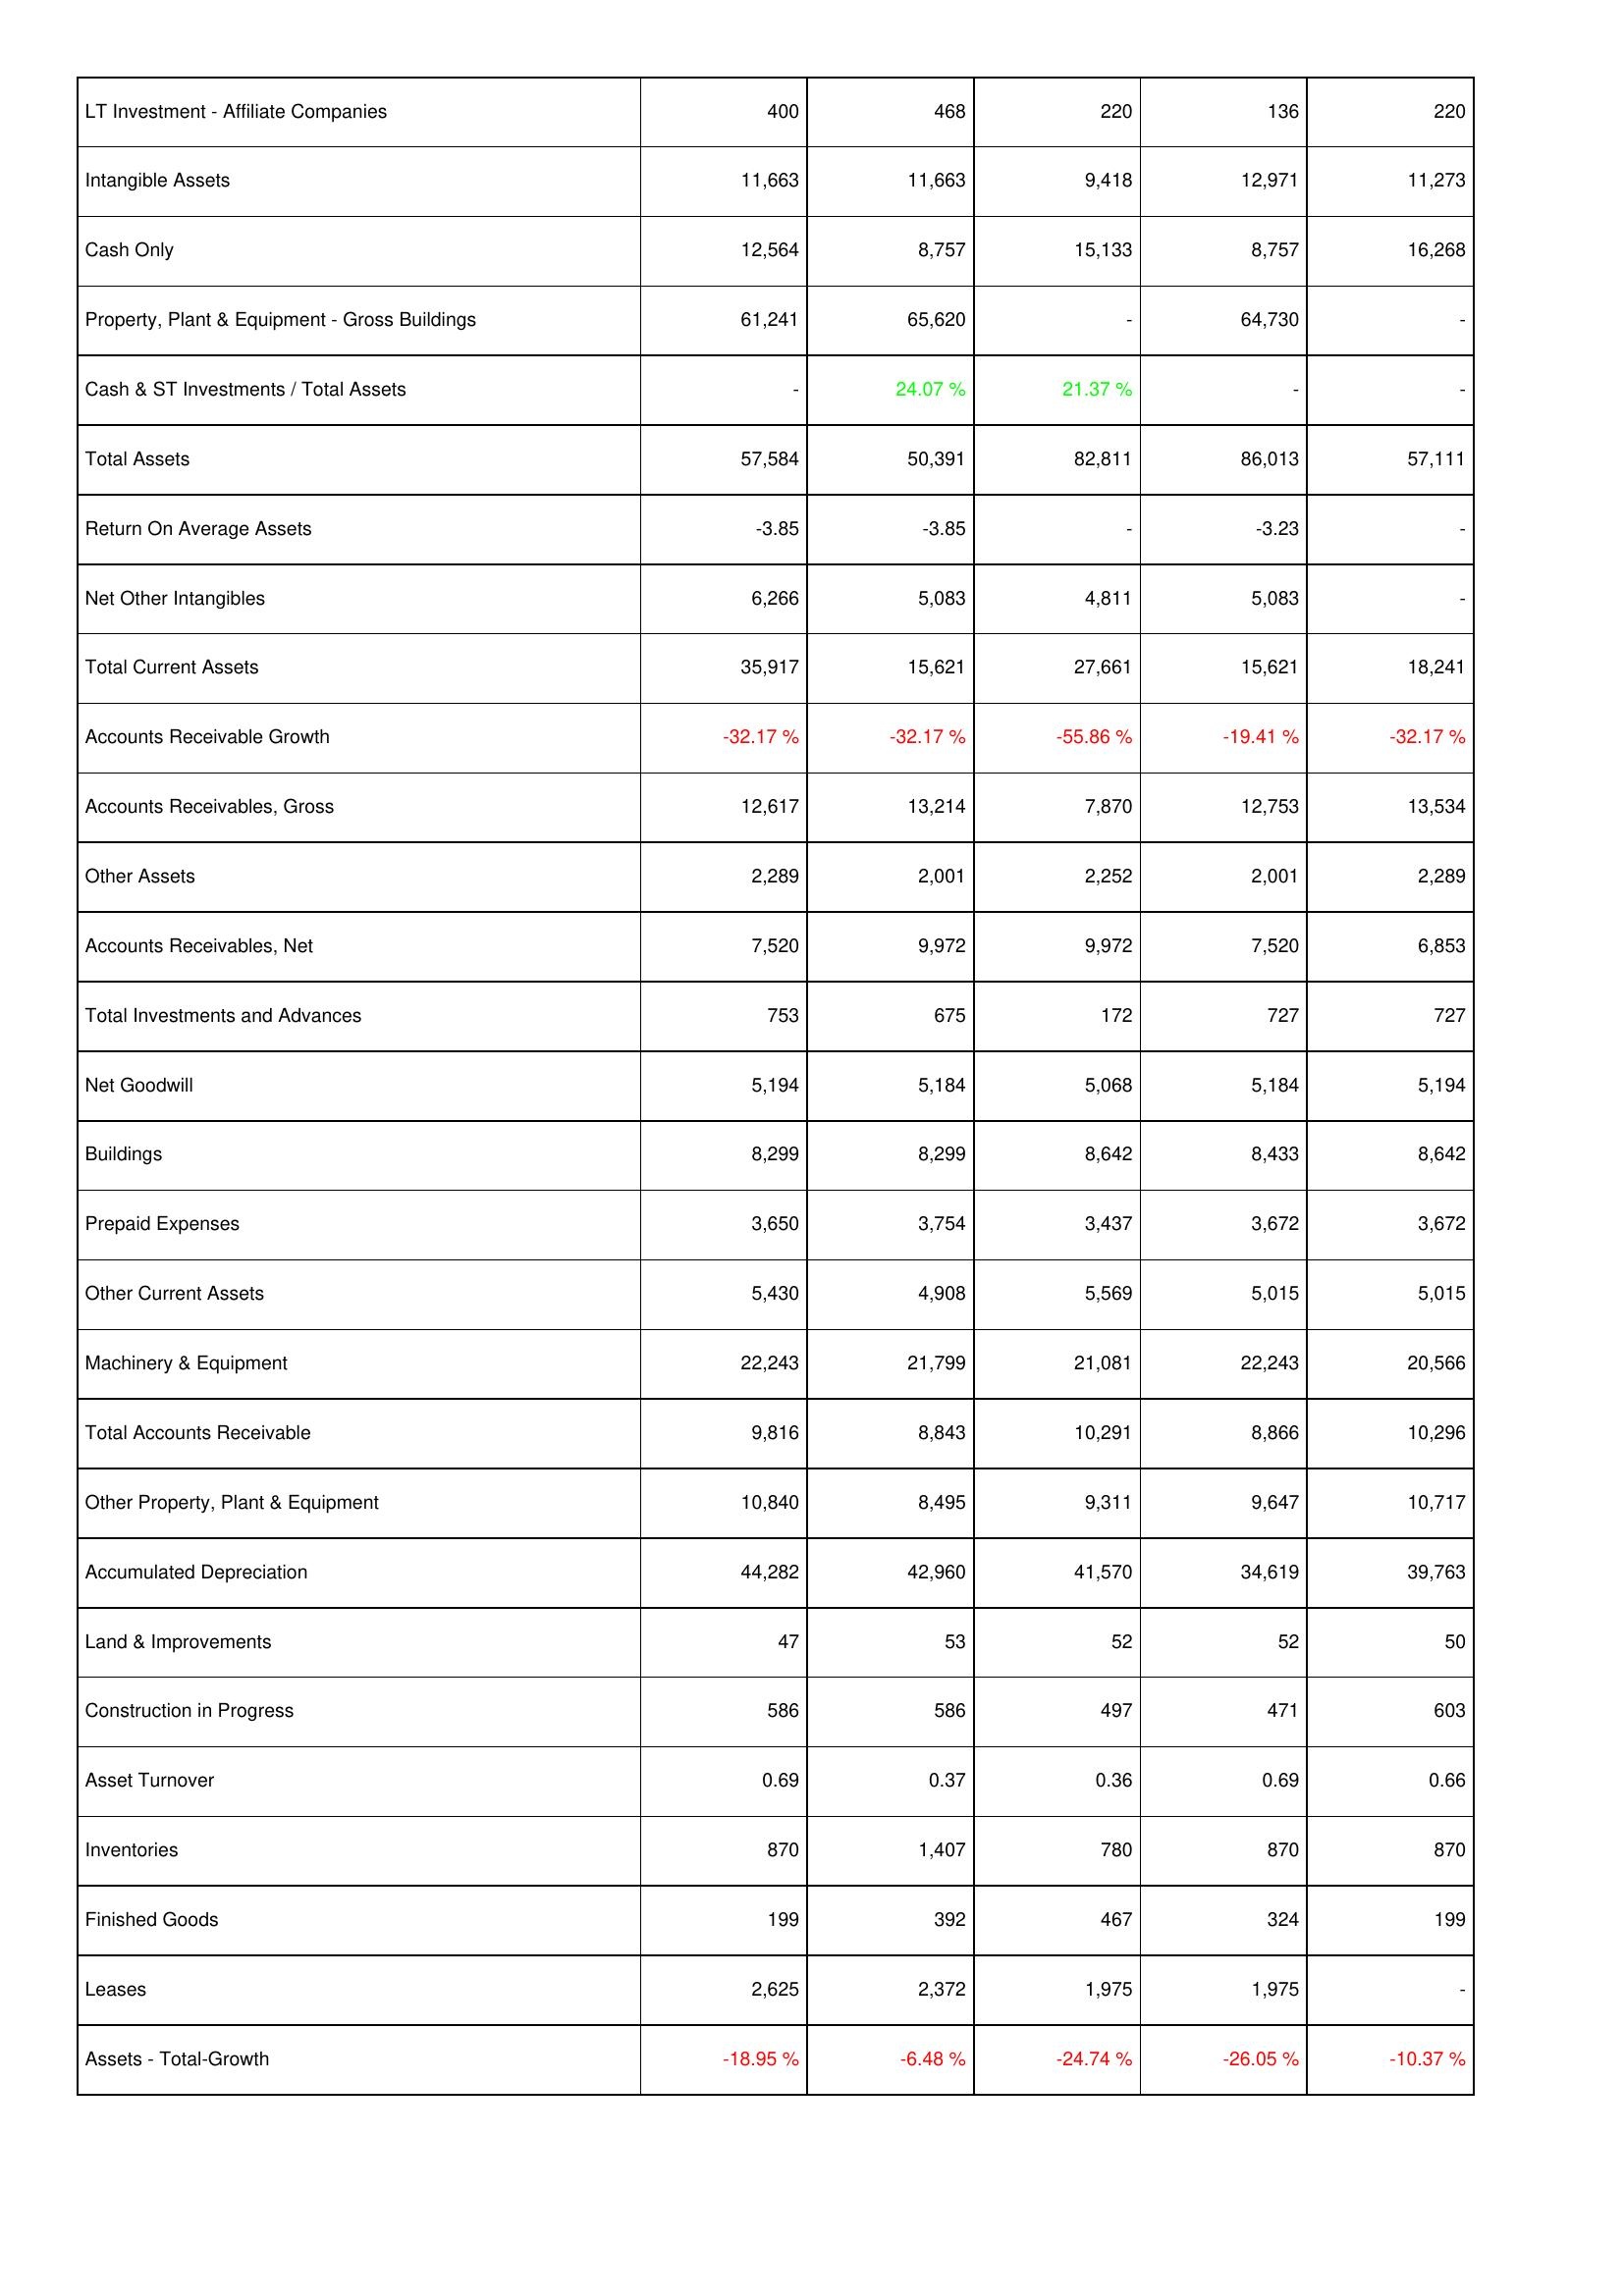
2018: Assets: LT Investment - Affiliate Companies: 400
Intangible Assets: 11,663
Cash Only: 12,564
Property, Plant & Equipment - Gross Buildings: 61,241
Cash & ST Investments / Total Assets: -
Total Assets: 57,584
Return On Average Assets: -3.85
Net Other Intangibles: 6,266
Total Current Assets: 35,917
Accounts Receivable Growth: -32.17 %
Accounts Receivables, Gross: 12,617
Other Assets: 2,289
Accounts Receivables, Net: 7,520
Total Investments and Advances: 753
Net Goodwill: 5,194
Buildings: 8,299
Prepaid Expenses: 3,650
Other Current Assets: 5,430
Machinery & Equipment: 22,243
Total Accounts Receivable: 9,816
Other Property, Plant & Equipment: 10,840
Accumulated Depreciation: 44,282
Land & Improvements: 47
Construction in Progress: 586
Asset Turnover: 0.69
Inventories: 870
Finished Goods: 199
Leases: 2,625
Assets - Total-Growth: -18.95 %
2017: Assets: LT Investment - Affiliate Companies: 468
Intangible Assets: 11,663
Cash Only: 8,757
Property, Plant & Equipment - Gross Buildings: 65,620
Cash & ST Investments / Total Assets: 24.07 %
Total Assets: 50,391
Return On Average Assets: -3.85
Net Other Intangibles: 5,083
Total Current Assets: 15,621
Accounts Receivable Growth: -32.17 %
Accounts Receivables, Gross: 13,214
Other Assets: 2,001
Accounts Receivables, Net: 9,972
Total Investments and Advances: 675
Net Goodwill: 5,184
Buildings: 8,299
Prepaid Expenses: 3,754
Other Current Assets: 4,908
Machinery & Equipment: 21,799
Total Accounts Receivable: 8,843
Other Property, Plant & Equipment: 8,495
Accumulated Depreciation: 42,960
Land & Improvements: 53
Construction in Progress: 586
Asset Turnover: 0.37
Inventories: 1,407
Finished Goods: 392
Leases: 2,372
Assets - Total-Growth: -6.48 %
2016: Assets: LT Investment - Affiliate Companies: 220
Intangible Assets: 9,418
Cash Only: 15,133
Property, Plant & Equipment - Gross Buildings: -
Cash & ST Investments / Total Assets: 21.37 %
Total Assets: 82,811
Return On Average Assets: -
Net Other Intangibles: 4,811
Total Current Assets: 27,661
Accounts Receivable Growth: -55.86 %
Accounts Receivables, Gross: 7,870
Other Assets: 2,252
Accounts Receivables, Net: 9,972
Total Investments and Advances: 172
Net Goodwill: 5,068
Buildings: 8,642
Prepaid Expenses: 3,437
Other Current Assets: 5,569
Machinery & Equipment: 21,081
Total Accounts Receivable: 10,291
Other Property, Plant & Equipment: 9,311
Accumulated Depreciation: 41,570
Land & Improvements: 52
Construction in Progress: 497
Asset Turnover: 0.36
Inventories: 780
Finished Goods: 467
Leases: 1,975
Assets - Total-Growth: -24.74 %
2015: Assets: LT Investment - Affiliate Companies: 136
Intangible Assets: 12,971
Cash Only: 8,757
Property, Plant & Equipment - Gross Buildings: 64,730
Cash & ST Investments / Total Assets: -
Total Assets: 86,013
Return On Average Assets: -3.23
Net Other Intangibles: 5,083
Total Current Assets: 15,621
Accounts Receivable Growth: -19.41 %
Accounts Receivables, Gross: 12,753
Other Assets: 2,001
Accounts Receivables, Net: 7,520
Total Investments and Advances: 727
Net Goodwill: 5,184
Buildings: 8,433
Prepaid Expenses: 3,672
Other Current Assets: 5,015
Machinery & Equipment: 22,243
Total Accounts Receivable: 8,866
Other Property, Plant & Equipment: 9,647
Accumulated Depreciation: 34,619
Land & Improvements: 52
Construction in Progress: 471
Asset Turnover: 0.69
Inventories: 870
Finished Goods: 324
Leases: 1,975
Assets - Total-Growth: -26.05 %
2014: Assets: LT Investment - Affiliate Companies: 220
Intangible Assets: 11,273
Cash Only: 16,268
Property, Plant & Equipment - Gross Buildings: -
Cash & ST Investments / Total Assets: -
Total Assets: 57,111
Return On Average Assets: -
Net Other Intangibles: -
Total Current Assets: 18,241
Accounts Receivable Growth: -32.17 %
Accounts Receivables, Gross: 13,534
Other Assets: 2,289
Accounts Receivables, Net: 6,853
Total Investments and Advances: 727
Net Goodwill: 5,194
Buildings: 8,642
Prepaid Expenses: 3,672
Other Current Assets: 5,015
Machinery & Equipment: 20,566
Total Accounts Receivable: 10,296
Other Property, Plant & Equipment: 10,717
Accumulated Depreciation: 39,763
Land & Improvements: 50
Construction in Progress: 603
Asset Turnover: 0.66
Inventories: 870
Finished Goods: 199
Leases: -
Assets - Total-Growth: -10.37 %